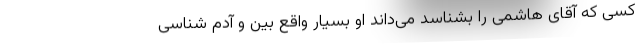
کسی که آقای هاشمی را بشناسد می‌داند او بسیار واقع بین و آدم شناسی